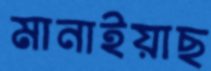
মানাইয়াছ